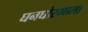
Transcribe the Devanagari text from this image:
घनघोरमाला